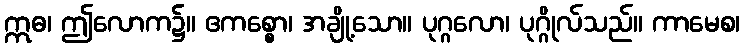
ဣဓ၊ ဤလောက၌။ ဧကစ္စော၊ အချို့သော။ ပုဂ္ဂလော၊ ပုဂ္ဂိုလ်သည်။ ကာမေစ၊